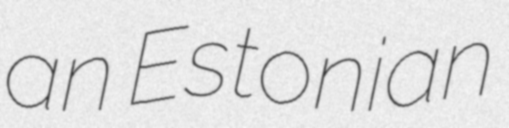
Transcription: an Estonian